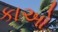
કાઓ